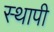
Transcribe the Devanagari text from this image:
स्थापी